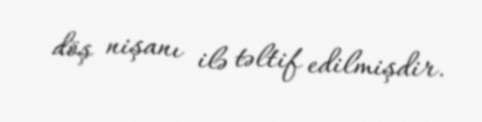
döş nişanı ilə təltif edilmişdir.